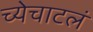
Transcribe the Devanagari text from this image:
च्येचाटलं